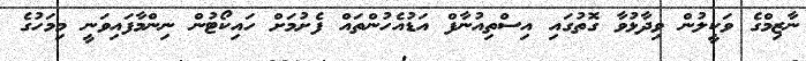
ނާޒިމްގެ ވަކީލުން ވިދާޅުވާ ގޮތުގައި އިސްތިއުނާފް އަޑުއެހުންތައް ފެށުމަށް ހައިކޯޓުން ނިންމާފައިވަނީ މިމަހުގެ